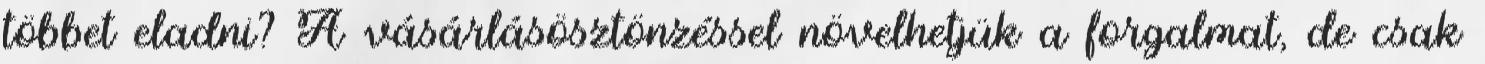
többet eladni? A vásárlásösztönzéssel növelhetjük a forgalmat, de csak